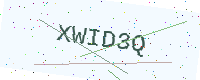
Text: XWID3Q